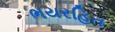
ભયરહિત